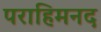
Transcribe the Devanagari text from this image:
पराहिमनद